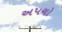
અપચો